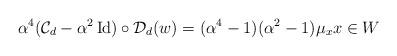
LaTeX: \begin{align*}\alpha^4 (\mathcal{C}_d- \alpha^2 \operatorname{Id}) \circ \mathcal{D}_d (w) = (\alpha^4-1)(\alpha^2-1) \mu_x x \in W\end{align*}